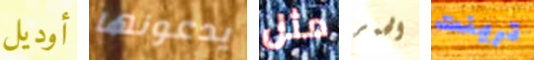
أوديل يدعونها مثل الحمر ترينت